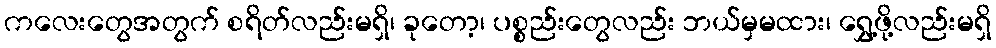
ကလေးတွေအတွက် စရိတ်လည်းမရှိ၊ ခုတော့၊ ပစ္စည်းတွေလည်း ဘယ်မှမထား၊ ရွှေ့ဖို့လည်းမရှိ